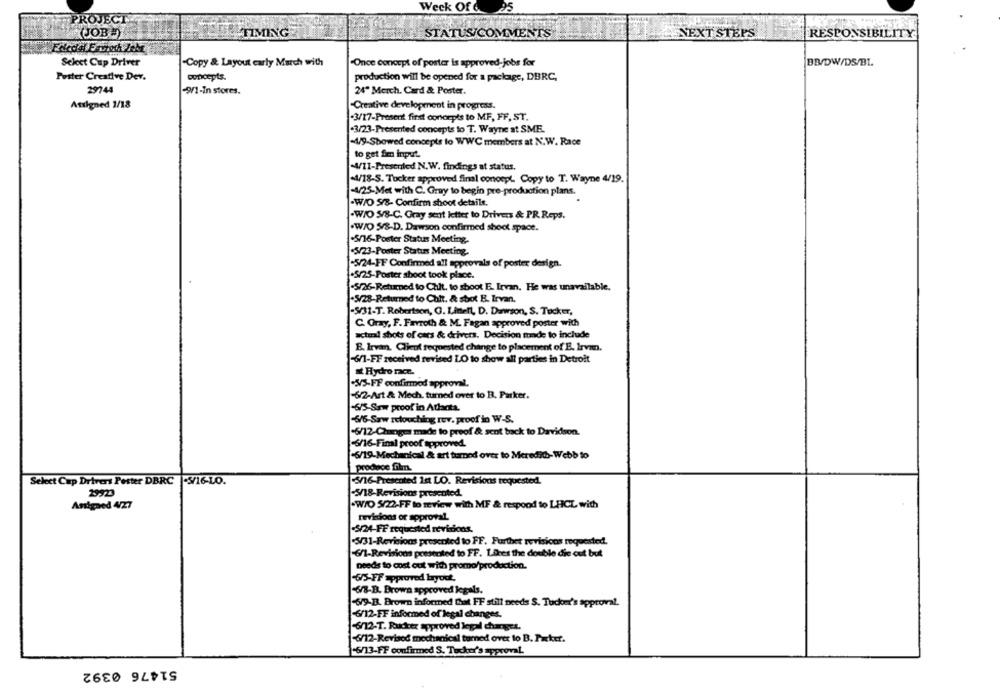
Week Of 6.
PROJECT
(JOB =)
& TIMING
STATUS/COMMENTS
NEXT STEPS
RESPONSIBILITY
Select Cup Driver
-Copy & Layout carly March with
Once concept of poster is approved-jobs for
BB/DW/DS/BL.
Poster Creative Dev.
concepts.
production will be opened for a package, DBRC,
29744
-9/1-In stores.
24" Merch. Card & Poster.
Atsigned 1/18
Creative development in progress.
.3/17-Prosent first concepts to MF, FF, ST.
-3/23-Presented concepts to T. Wayne at SME.
-4/9-Sbowed concepts to WWC members at N.W. Race
to get Sm input.
-4/11-Presented N.W. findings at status.
-4/18-S. Tucker approved final concept. Copy to T. Wayne 4/19.
-4/25-Met with C. Gray to begin pre-production plans.
-W/O S/8- Confirm shoot details.
.W/O 5/8-C. Gray sent letter to Drivers & PR. Reps.
.W/O 5/8-D. Dawson confirmed shoot space.
.5/16-Poster Status Meeting.
.5/23-Poster Status Meeting.
-5/24-FF Confirmed all approvals of poster design.
.5/25-Poster shoot took place.
-5/26-Returned to Chit. to shoot E. Irvan. He was unavailable.
.5/28-Returned to Chit. & sbot B. Irvan.
-S/31-T. Robertson, G. Linelt, D. Dawson, S. Tucker,
C. Gray, F. Farroth & M. Fagan approved poster with
actunil shots of cars & drivers. Decision tomade to include
B. Irvan. Client requested change to placement of E. Irvam.
-6/1-FF received revised LO to show all parties in Detroit
Hydro race.
.5/5-FF confirmed approval.
-6/2-Art & Mech, turned over to B. Parker.
-6/5-Saw proof in Atlanta.
-6/6-Saw retouching rov. proof in W-S.
-6/12-Changes made to preof & sent back to Davidson.
-6/16-Final proof approved.
-6/19-Mechanical & art tumod over to Meredith-Webb to
produce film.
Select Cup Drivers Pester DBRC -3/16-LO.
3/16-Presented 1st LO. Revisions requested.
29923
3/18-Revisions presented.
Anigaed 4/27
WIO 5/22-FF to review with MF & respond to LHCL with
tevidons or approval.
S/24-FF requested revisions.
S/31-Revisions presented to FF. Furthet revisions requested.
6/1-Revisions potsented to FF. Lies the double die out but
needs to cost out with promo/production.
.6/5-FF approved byout.
-6/8-B. Brown approved legals.
-6/9-B. Brown informed Chat FF still needs S. Tucker's approval.
-6/12-FF informed of legal changes.
-6/12-T. Rucker approved legal changes.
6/12-Revised mechanical turned over to B. Parker.
6/13-FF confirmed S. Tucker's approval.
51476 0392